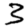
Digit: 3